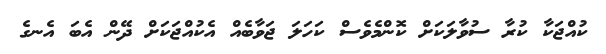
ކުއްޖަކާ ކުރާ ސުވާލަކަށް ކޮންމެވެސް ކަހަލަ ޖަވާބެއް އެކުއްޖަކަށް ދޭން އެބަ އެނގެ